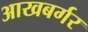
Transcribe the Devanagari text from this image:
आखबर्गर